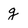
Character: g